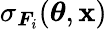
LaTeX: \sigma_{\boldsymbol{F}_{i}}(\boldsymbol{\theta},\boldsymbol{\mathbf{x}})